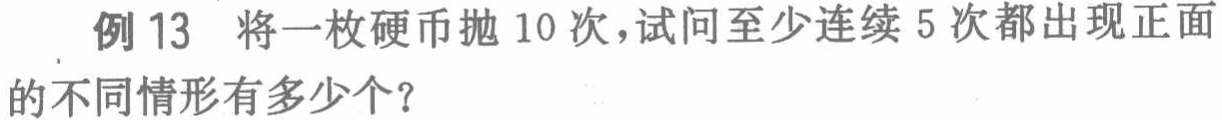
例 13 将一枚硬币抛 10 次，试问至少连续 5 次都出现正面的不同情形有多少个？